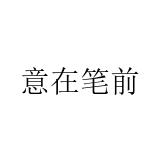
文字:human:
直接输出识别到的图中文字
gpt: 意在笔前